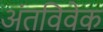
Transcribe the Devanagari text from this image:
अंतविवेक